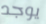
يوجد